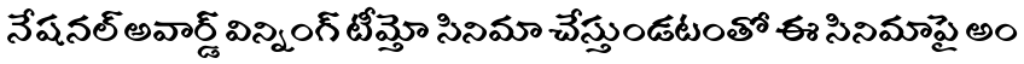
నేషనల్ అవార్డ్ విన్నింగ్ టీమ్తో సినిమా చేస్తుండటంతో ఈ సినిమాపై అం